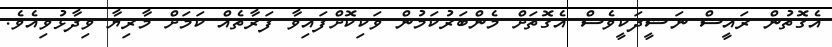
އެގޮތުން ރައީސް ނަޝީދަކީވެސް އެގޮތަށް މެންބަރުކަމުން ވަކިކޮށްފައިވާ ފަރާތެއް ކަމަށް މާރިޔާ ވިދާޅުވިއެވެ.